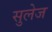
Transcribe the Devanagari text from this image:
सुलेज